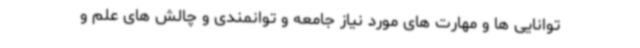
توانایی ها و مهارت های مورد نیاز جامعه و توانمندی و چالش های علم و